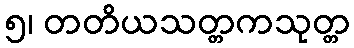
၅၊ တတိယသတ္တကသုတ္တ